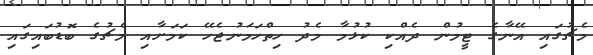
މެޗުގައި އޭނާގެ ޓީމުން ދެއްކި ކުޅުމާ މެދު ހިތްހަމަނުޖެހޭ ކަމަށާއި މެޗުގެ ބޮޑުބައިގައި